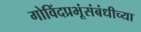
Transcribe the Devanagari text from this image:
गोविंदप्रभूंसंबंधीच्या